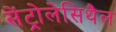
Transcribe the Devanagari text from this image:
सेंट्रोलेसिथैल